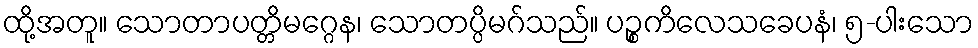
ထို့အတူ။ သောတာပတ္တိမဂ္ဂေန၊ သောတပ္ပိမဂ်သည်။ ပဉ္စကိလေသခေပနံ၊ ၅-ပါးသော